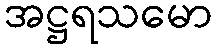
အဋ္ဌရသမော